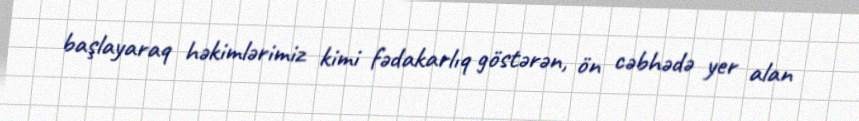
başlayaraq həkimlərimiz kimi fədakarlıq göstərən, ön cəbhədə yer alan